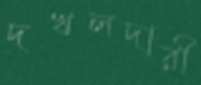
দখলদারী